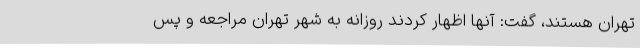
تهران هستند، گفت: آنها اظهار کردند روزانه به شهر تهران مراجعه و پس